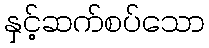
နှင့်ဆက်စပ်သော